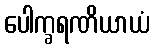
ပေါက္ခရဏိယာယံ